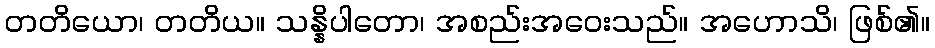
တတိယော၊ တတိယ။ သန္နိပါတော၊ အစည်းအဝေးသည်။ အဟောသိ၊ ဖြစ်၏။